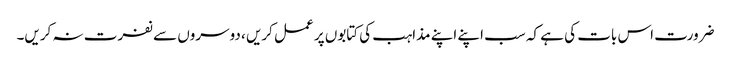
ضرورت اس بات کی ہے کہ سب اپنے اپنے مذاہب کی کتابوں پر عمل کریں ، دوسروں سے نفرت نہ کریں۔